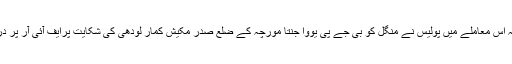
واضح ہوکہ اس معاملے میں پولیس نے منگل کو بی جے پی یووا جنتا مورچہ کے ضلع صدر مکیش کمار لودھی کی شکایت پرایف آئی آر پر درج کیا تھا۔